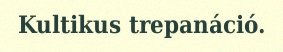
Kultikus trepanáció.